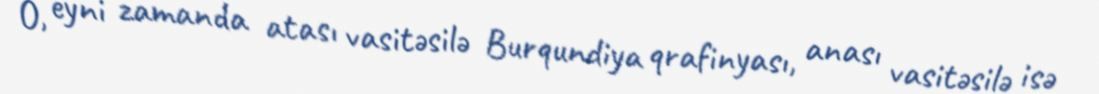
O, eyni zamanda atası vasitəsilə Burqundiya qrafinyası, anası vasitəsilə isə